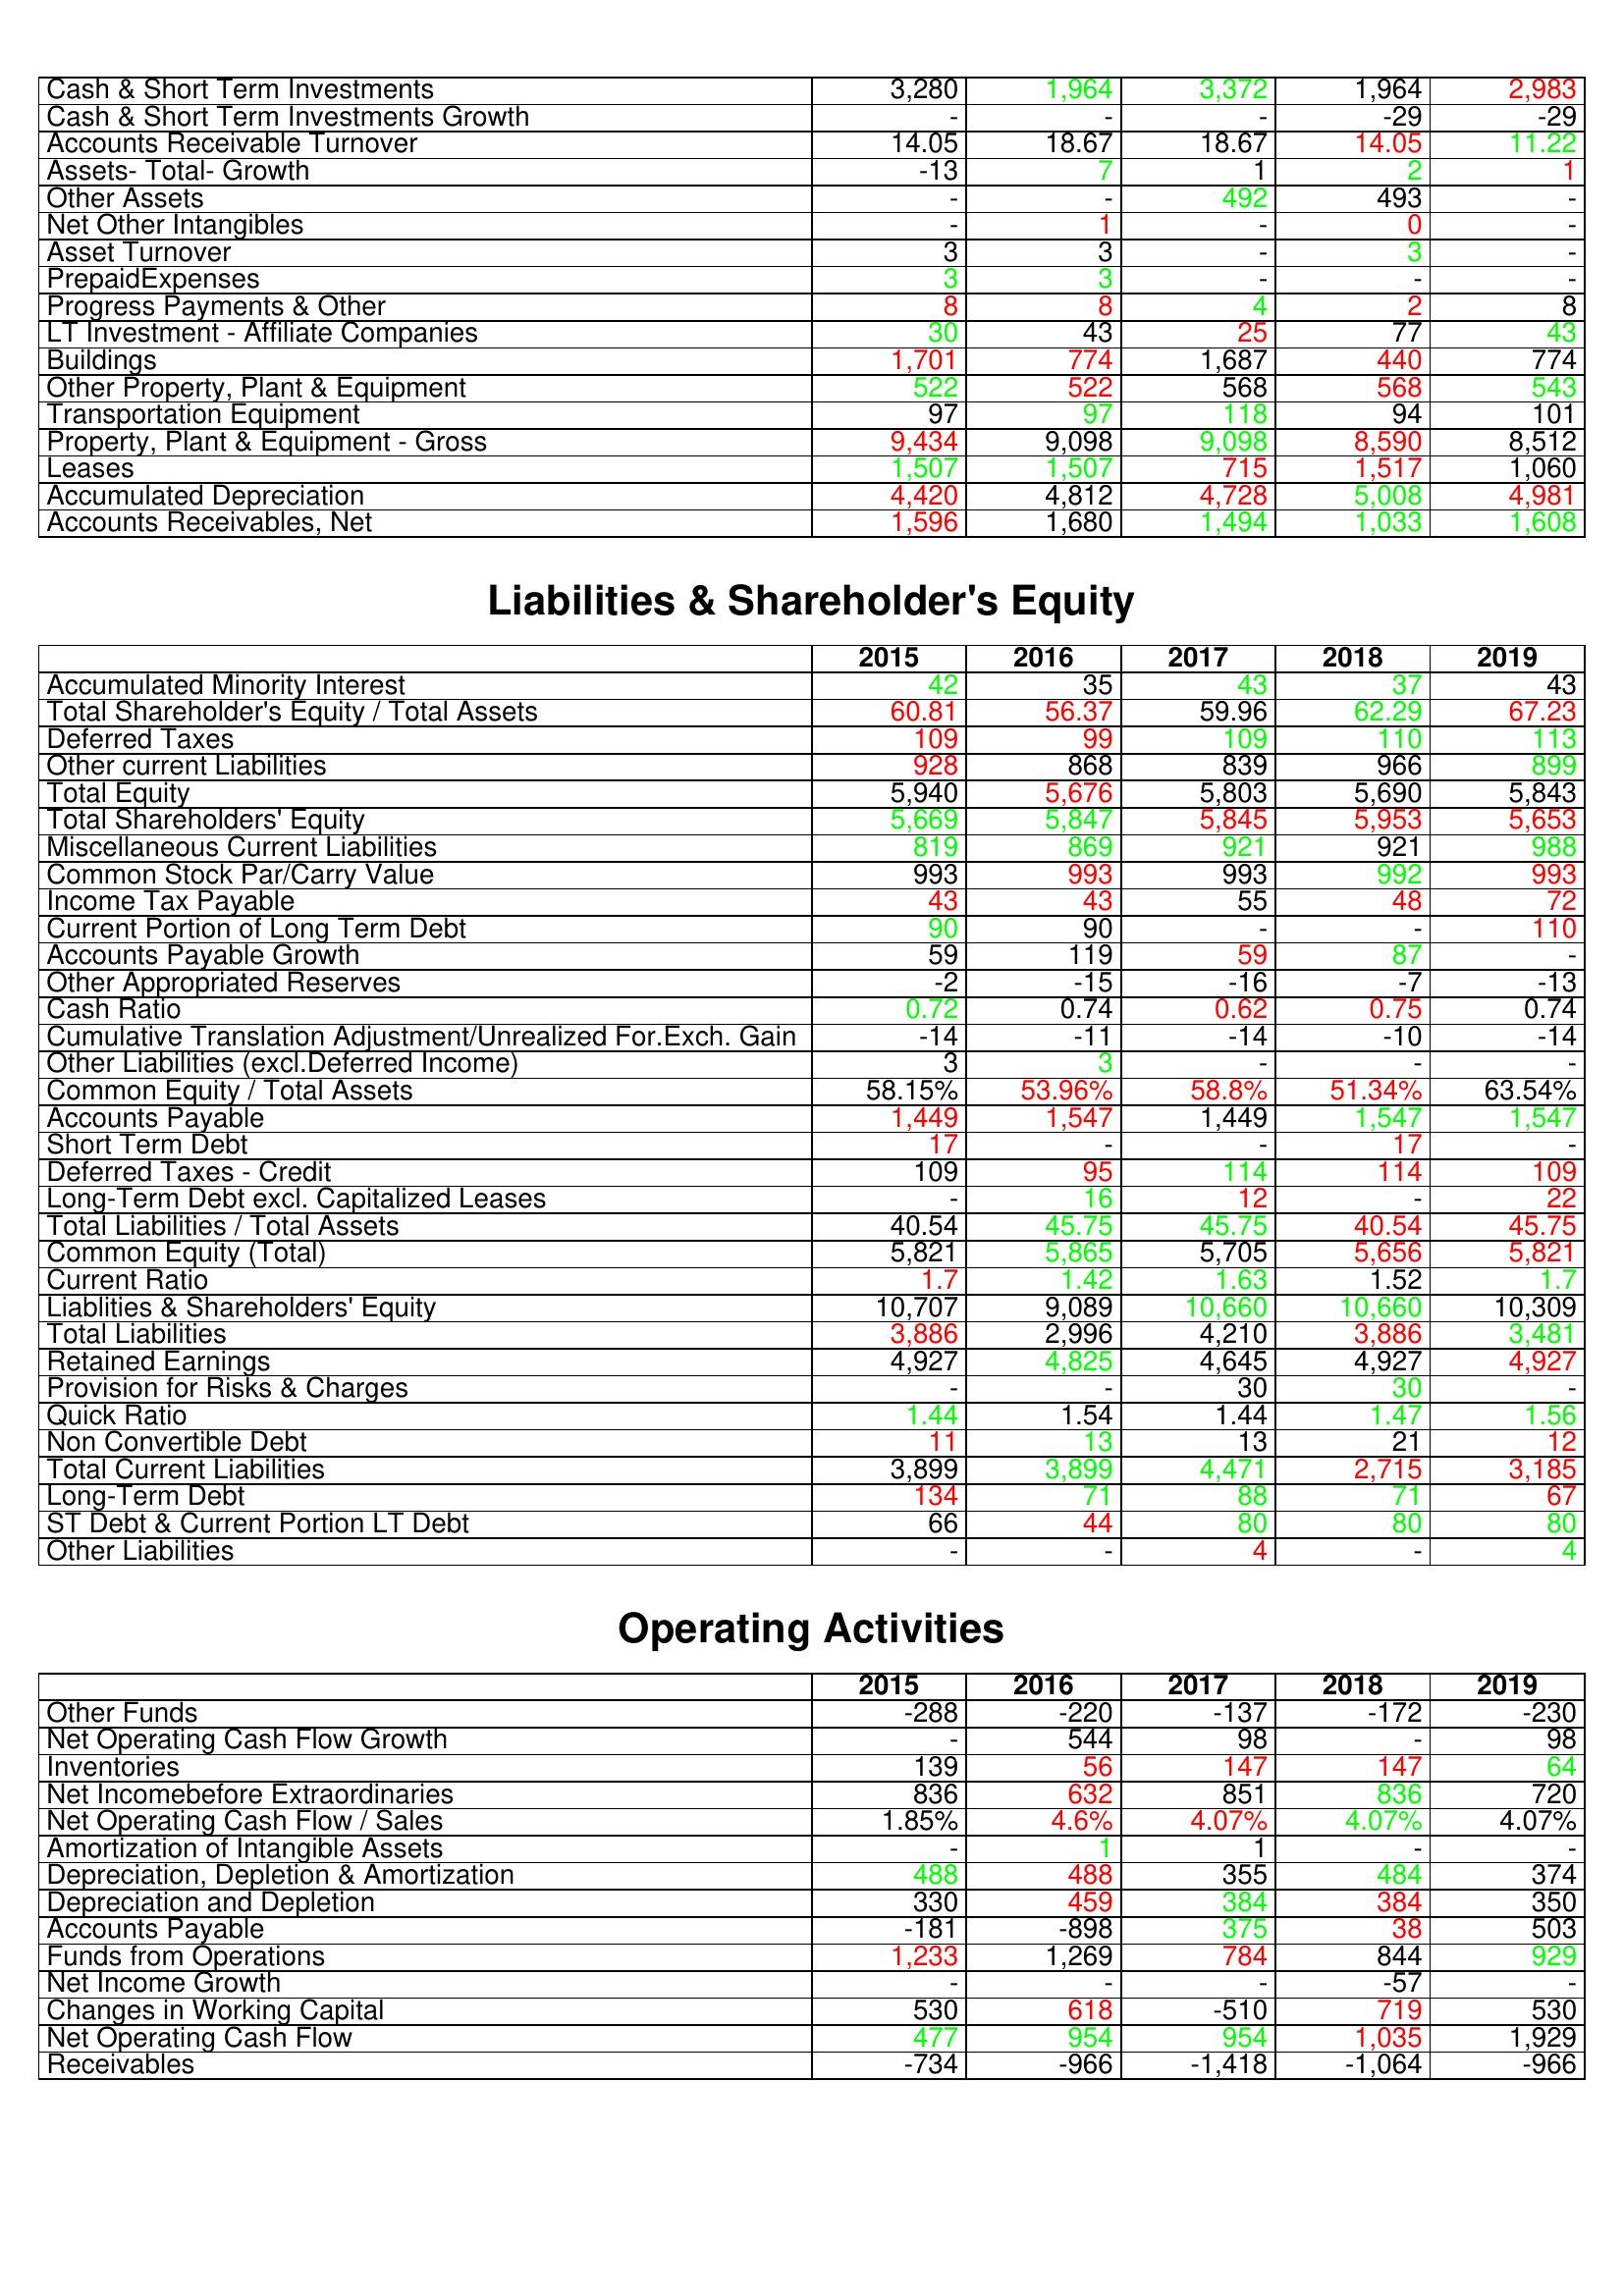
gt_parse: 2015: Assets: Cash & Short Term Investments: 3,280
Cash & Short Term Investments Growth: -
Accounts Receivable Turnover: 14.05
Assets- Total- Growth: -13
Other Assets: -
Net Other Intangibles: -
Asset Turnover: 3
PrepaidExpenses: 3
Progress Payments & Other: 8
LT Investment - Affiliate Companies: 30
Buildings: 1,701
Other Property, Plant & Equipment: 522
Transportation Equipment: 97
Property, Plant & Equipment - Gross : 9,434
Leases: 1,507
Accumulated Depreciation: 4,420
Accounts Receivables, Net: 1,596
Liabilities & Shareholder's Equity: Accumulated Minority Interest: 42
Total Shareholder's Equity / Total Assets: 60.81
Deferred Taxes: 109
Other current Liabilities: 928
Total Equity: 5,940
Total Shareholders' Equity: 5,669
Miscellaneous Current Liabilities: 819
Common Stock Par/Carry Value: 993
Income Tax Payable: 43
Current Portion of Long Term Debt: 90
Accounts Payable Growth: 59
Other Appropriated Reserves: -2
Cash Ratio: 0.72
Cumulative Translation Adjustment/Unrealized For.Exch. Gain: -14
Other Liabilities (excl.Deferred Income): 3
Common Equity / Total Assets: 58.15%
Accounts Payable: 1,449
Short Term Debt: 17
Deferred Taxes - Credit: 109
Long-Term Debt excl. Capitalized Leases: -
Total Liabilities / Total Assets: 40.54
Common Equity (Total): 5,821
Current Ratio: 1.7
Liablities & Shareholders' Equity: 10,707
Total Liabilities: 3,886
Retained Earnings: 4,927
Provision for Risks & Charges: -
Quick Ratio: 1.44
Non Convertible Debt: 11
Total Current Liabilities: 3,899
Long-Term Debt: 134
ST Debt & Current Portion LT Debt: 66
Other Liabilities: -
Operating Activities: Other Funds: -288
Net Operating Cash Flow Growth: -
Inventories: 139
Net Incomebefore Extraordinaries: 836
Net Operating Cash Flow / Sales: 1.85%
Amortization of Intangible Assets: -
Depreciation, Depletion & Amortization: 488
Depreciation and Depletion: 330
Accounts Payable: -181
Funds from Operations: 1,233
Net Income Growth: -
Changes in Working Capital: 530
Net Operating Cash Flow: 477
Receivables: -734
2016: Assets: Cash & Short Term Investments: 1,964
Cash & Short Term Investments Growth: -
Accounts Receivable Turnover: 18.67
Assets- Total- Growth: 7
Other Assets: -
Net Other Intangibles: 1
Asset Turnover: 3
PrepaidExpenses: 3
Progress Payments & Other: 8
LT Investment - Affiliate Companies: 43
Buildings: 774
Other Property, Plant & Equipment: 522
Transportation Equipment: 97
Property, Plant & Equipment - Gross : 9,098
Leases: 1,507
Accumulated Depreciation: 4,812
Accounts Receivables, Net: 1,680
Liabilities & Shareholder's Equity: Accumulated Minority Interest: 35
Total Shareholder's Equity / Total Assets: 56.37
Deferred Taxes: 99
Other current Liabilities: 868
Total Equity: 5,676
Total Shareholders' Equity: 5,847
Miscellaneous Current Liabilities: 869
Common Stock Par/Carry Value: 993
Income Tax Payable: 43
Current Portion of Long Term Debt: 90
Accounts Payable Growth: 119
Other Appropriated Reserves: -15
Cash Ratio: 0.74
Cumulative Translation Adjustment/Unrealized For.Exch. Gain: -11
Other Liabilities (excl.Deferred Income): 3
Common Equity / Total Assets: 53.96%
Accounts Payable: 1,547
Short Term Debt: -
Deferred Taxes - Credit: 95
Long-Term Debt excl. Capitalized Leases: 16
Total Liabilities / Total Assets: 45.75
Common Equity (Total): 5,865
Current Ratio: 1.42
Liablities & Shareholders' Equity: 9,089
Total Liabilities: 2,996
Retained Earnings: 4,825
Provision for Risks & Charges: -
Quick Ratio: 1.54
Non Convertible Debt: 13
Total Current Liabilities: 3,899
Long-Term Debt: 71
ST Debt & Current Portion LT Debt: 44
Other Liabilities: -
Operating Activities: Other Funds: -220
Net Operating Cash Flow Growth: 544
Inventories: 56
Net Incomebefore Extraordinaries: 632
Net Operating Cash Flow / Sales: 4.6%
Amortization of Intangible Assets: 1
Depreciation, Depletion & Amortization: 488
Depreciation and Depletion: 459
Accounts Payable: -898
Funds from Operations: 1,269
Net Income Growth: -
Changes in Working Capital: 618
Net Operating Cash Flow: 954
Receivables: -966
2017: Assets: Cash & Short Term Investments: 3,372
Cash & Short Term Investments Growth: -
Accounts Receivable Turnover: 18.67
Assets- Total- Growth: 1
Other Assets: 492
Net Other Intangibles: -
Asset Turnover: -
PrepaidExpenses: -
Progress Payments & Other: 4
LT Investment - Affiliate Companies: 25
Buildings: 1,687
Other Property, Plant & Equipment: 568
Transportation Equipment: 118
Property, Plant & Equipment - Gross : 9,098
Leases: 715
Accumulated Depreciation: 4,728
Accounts Receivables, Net: 1,494
Liabilities & Shareholder's Equity: Accumulated Minority Interest: 43
Total Shareholder's Equity / Total Assets: 59.96
Deferred Taxes: 109
Other current Liabilities: 839
Total Equity: 5,803
Total Shareholders' Equity: 5,845
Miscellaneous Current Liabilities: 921
Common Stock Par/Carry Value: 993
Income Tax Payable: 55
Current Portion of Long Term Debt: -
Accounts Payable Growth: 59
Other Appropriated Reserves: -16
Cash Ratio: 0.62
Cumulative Translation Adjustment/Unrealized For.Exch. Gain: -14
Other Liabilities (excl.Deferred Income): -
Common Equity / Total Assets: 58.8%
Accounts Payable: 1,449
Short Term Debt: -
Deferred Taxes - Credit: 114
Long-Term Debt excl. Capitalized Leases: 12
Total Liabilities / Total Assets: 45.75
Common Equity (Total): 5,705
Current Ratio: 1.63
Liablities & Shareholders' Equity: 10,660
Total Liabilities: 4,210
Retained Earnings: 4,645
Provision for Risks & Charges: 30
Quick Ratio: 1.44
Non Convertible Debt: 13
Total Current Liabilities: 4,471
Long-Term Debt: 88
ST Debt & Current Portion LT Debt: 80
Other Liabilities: 4
Operating Activities: Other Funds: -137
Net Operating Cash Flow Growth: 98
Inventories: 147
Net Incomebefore Extraordinaries: 851
Net Operating Cash Flow / Sales: 4.07%
Amortization of Intangible Assets: 1
Depreciation, Depletion & Amortization: 355
Depreciation and Depletion: 384
Accounts Payable: 375
Funds from Operations: 784
Net Income Growth: -
Changes in Working Capital: -510
Net Operating Cash Flow: 954
Receivables: -1,418
2018: Assets: Cash & Short Term Investments: 1,964
Cash & Short Term Investments Growth: -29
Accounts Receivable Turnover: 14.05
Assets- Total- Growth: 2
Other Assets: 493
Net Other Intangibles: 0
Asset Turnover: 3
PrepaidExpenses: -
Progress Payments & Other: 2
LT Investment - Affiliate Companies: 77
Buildings: 440
Other Property, Plant & Equipment: 568
Transportation Equipment: 94
Property, Plant & Equipment - Gross : 8,590
Leases: 1,517
Accumulated Depreciation: 5,008
Accounts Receivables, Net: 1,033
Liabilities & Shareholder's Equity: Accumulated Minority Interest: 37
Total Shareholder's Equity / Total Assets: 62.29
Deferred Taxes: 110
Other current Liabilities: 966
Total Equity: 5,690
Total Shareholders' Equity: 5,953
Miscellaneous Current Liabilities: 921
Common Stock Par/Carry Value: 992
Income Tax Payable: 48
Current Portion of Long Term Debt: -
Accounts Payable Growth: 87
Other Appropriated Reserves: -7
Cash Ratio: 0.75
Cumulative Translation Adjustment/Unrealized For.Exch. Gain: -10
Other Liabilities (excl.Deferred Income): -
Common Equity / Total Assets: 51.34%
Accounts Payable: 1,547
Short Term Debt: 17
Deferred Taxes - Credit: 114
Long-Term Debt excl. Capitalized Leases: -
Total Liabilities / Total Assets: 40.54
Common Equity (Total): 5,656
Current Ratio: 1.52
Liablities & Shareholders' Equity: 10,660
Total Liabilities: 3,886
Retained Earnings: 4,927
Provision for Risks & Charges: 30
Quick Ratio: 1.47
Non Convertible Debt: 21
Total Current Liabilities: 2,715
Long-Term Debt: 71
ST Debt & Current Portion LT Debt: 80
Other Liabilities: -
Operating Activities: Other Funds: -172
Net Operating Cash Flow Growth: -
Inventories: 147
Net Incomebefore Extraordinaries: 836
Net Operating Cash Flow / Sales: 4.07%
Amortization of Intangible Assets: -
Depreciation, Depletion & Amortization: 484
Depreciation and Depletion: 384
Accounts Payable: 38
Funds from Operations: 844
Net Income Growth: -57
Changes in Working Capital: 719
Net Operating Cash Flow: 1,035
Receivables: -1,064
2019: Assets: Cash & Short Term Investments: 2,983
Cash & Short Term Investments Growth: -29
Accounts Receivable Turnover: 11.22
Assets- Total- Growth: 1
Other Assets: -
Net Other Intangibles: -
Asset Turnover: -
PrepaidExpenses: -
Progress Payments & Other: 8
LT Investment - Affiliate Companies: 43
Buildings: 774
Other Property, Plant & Equipment: 543
Transportation Equipment: 101
Property, Plant & Equipment - Gross : 8,512
Leases: 1,060
Accumulated Depreciation: 4,981
Accounts Receivables, Net: 1,608
Liabilities & Shareholder's Equity: Accumulated Minority Interest: 43
Total Shareholder's Equity / Total Assets: 67.23
Deferred Taxes: 113
Other current Liabilities: 899
Total Equity: 5,843
Total Shareholders' Equity: 5,653
Miscellaneous Current Liabilities: 988
Common Stock Par/Carry Value: 993
Income Tax Payable: 72
Current Portion of Long Term Debt: 110
Accounts Payable Growth: -
Other Appropriated Reserves: -13
Cash Ratio: 0.74
Cumulative Translation Adjustment/Unrealized For.Exch. Gain: -14
Other Liabilities (excl.Deferred Income): -
Common Equity / Total Assets: 63.54%
Accounts Payable: 1,547
Short Term Debt: -
Deferred Taxes - Credit: 109
Long-Term Debt excl. Capitalized Leases: 22
Total Liabilities / Total Assets: 45.75
Common Equity (Total): 5,821
Current Ratio: 1.7
Liablities & Shareholders' Equity: 10,309
Total Liabilities: 3,481
Retained Earnings: 4,927
Provision for Risks & Charges: -
Quick Ratio: 1.56
Non Convertible Debt: 12
Total Current Liabilities: 3,185
Long-Term Debt: 67
ST Debt & Current Portion LT Debt: 80
Other Liabilities: 4
Operating Activities: Other Funds: -230
Net Operating Cash Flow Growth: 98
Inventories: 64
Net Incomebefore Extraordinaries: 720
Net Operating Cash Flow / Sales: 4.07%
Amortization of Intangible Assets: -
Depreciation, Depletion & Amortization: 374
Depreciation and Depletion: 350
Accounts Payable: 503
Funds from Operations: 929
Net Income Growth: -
Changes in Working Capital: 530
Net Operating Cash Flow: 1,929
Receivables: -966